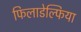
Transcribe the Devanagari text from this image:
फिलाडेल्‍फिया